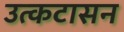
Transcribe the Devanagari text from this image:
उत्कटासन